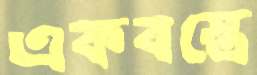
একবস্ত্রে